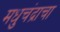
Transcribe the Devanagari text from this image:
मधुचंद्राचा